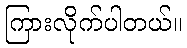
ကြားလိုက်ပါတယ်။